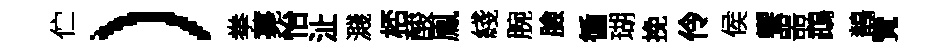
伫）拳薧怡沚濺桮酸鳯綫腕臉循瑚挽伶侯饗噐鵡鶺覽